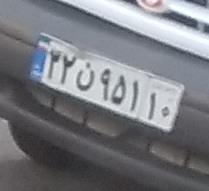
۳۲ن۹۵۱۱۰